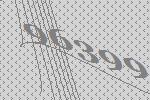
96399